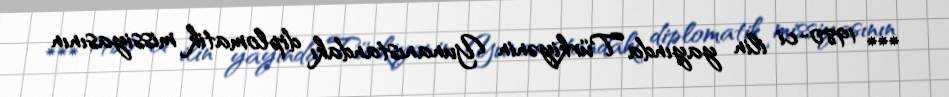
*** 1980-ci ilin yayında Türkiyənin Yunanıstandakı diplomatik missiyasının